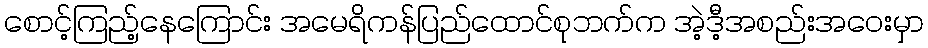
စောင့်ကြည့်နေကြောင်း အမေရိကန်ပြည်ထောင်စုဘက်က အဲ့ဒီ့အစည်းအဝေးမှာ